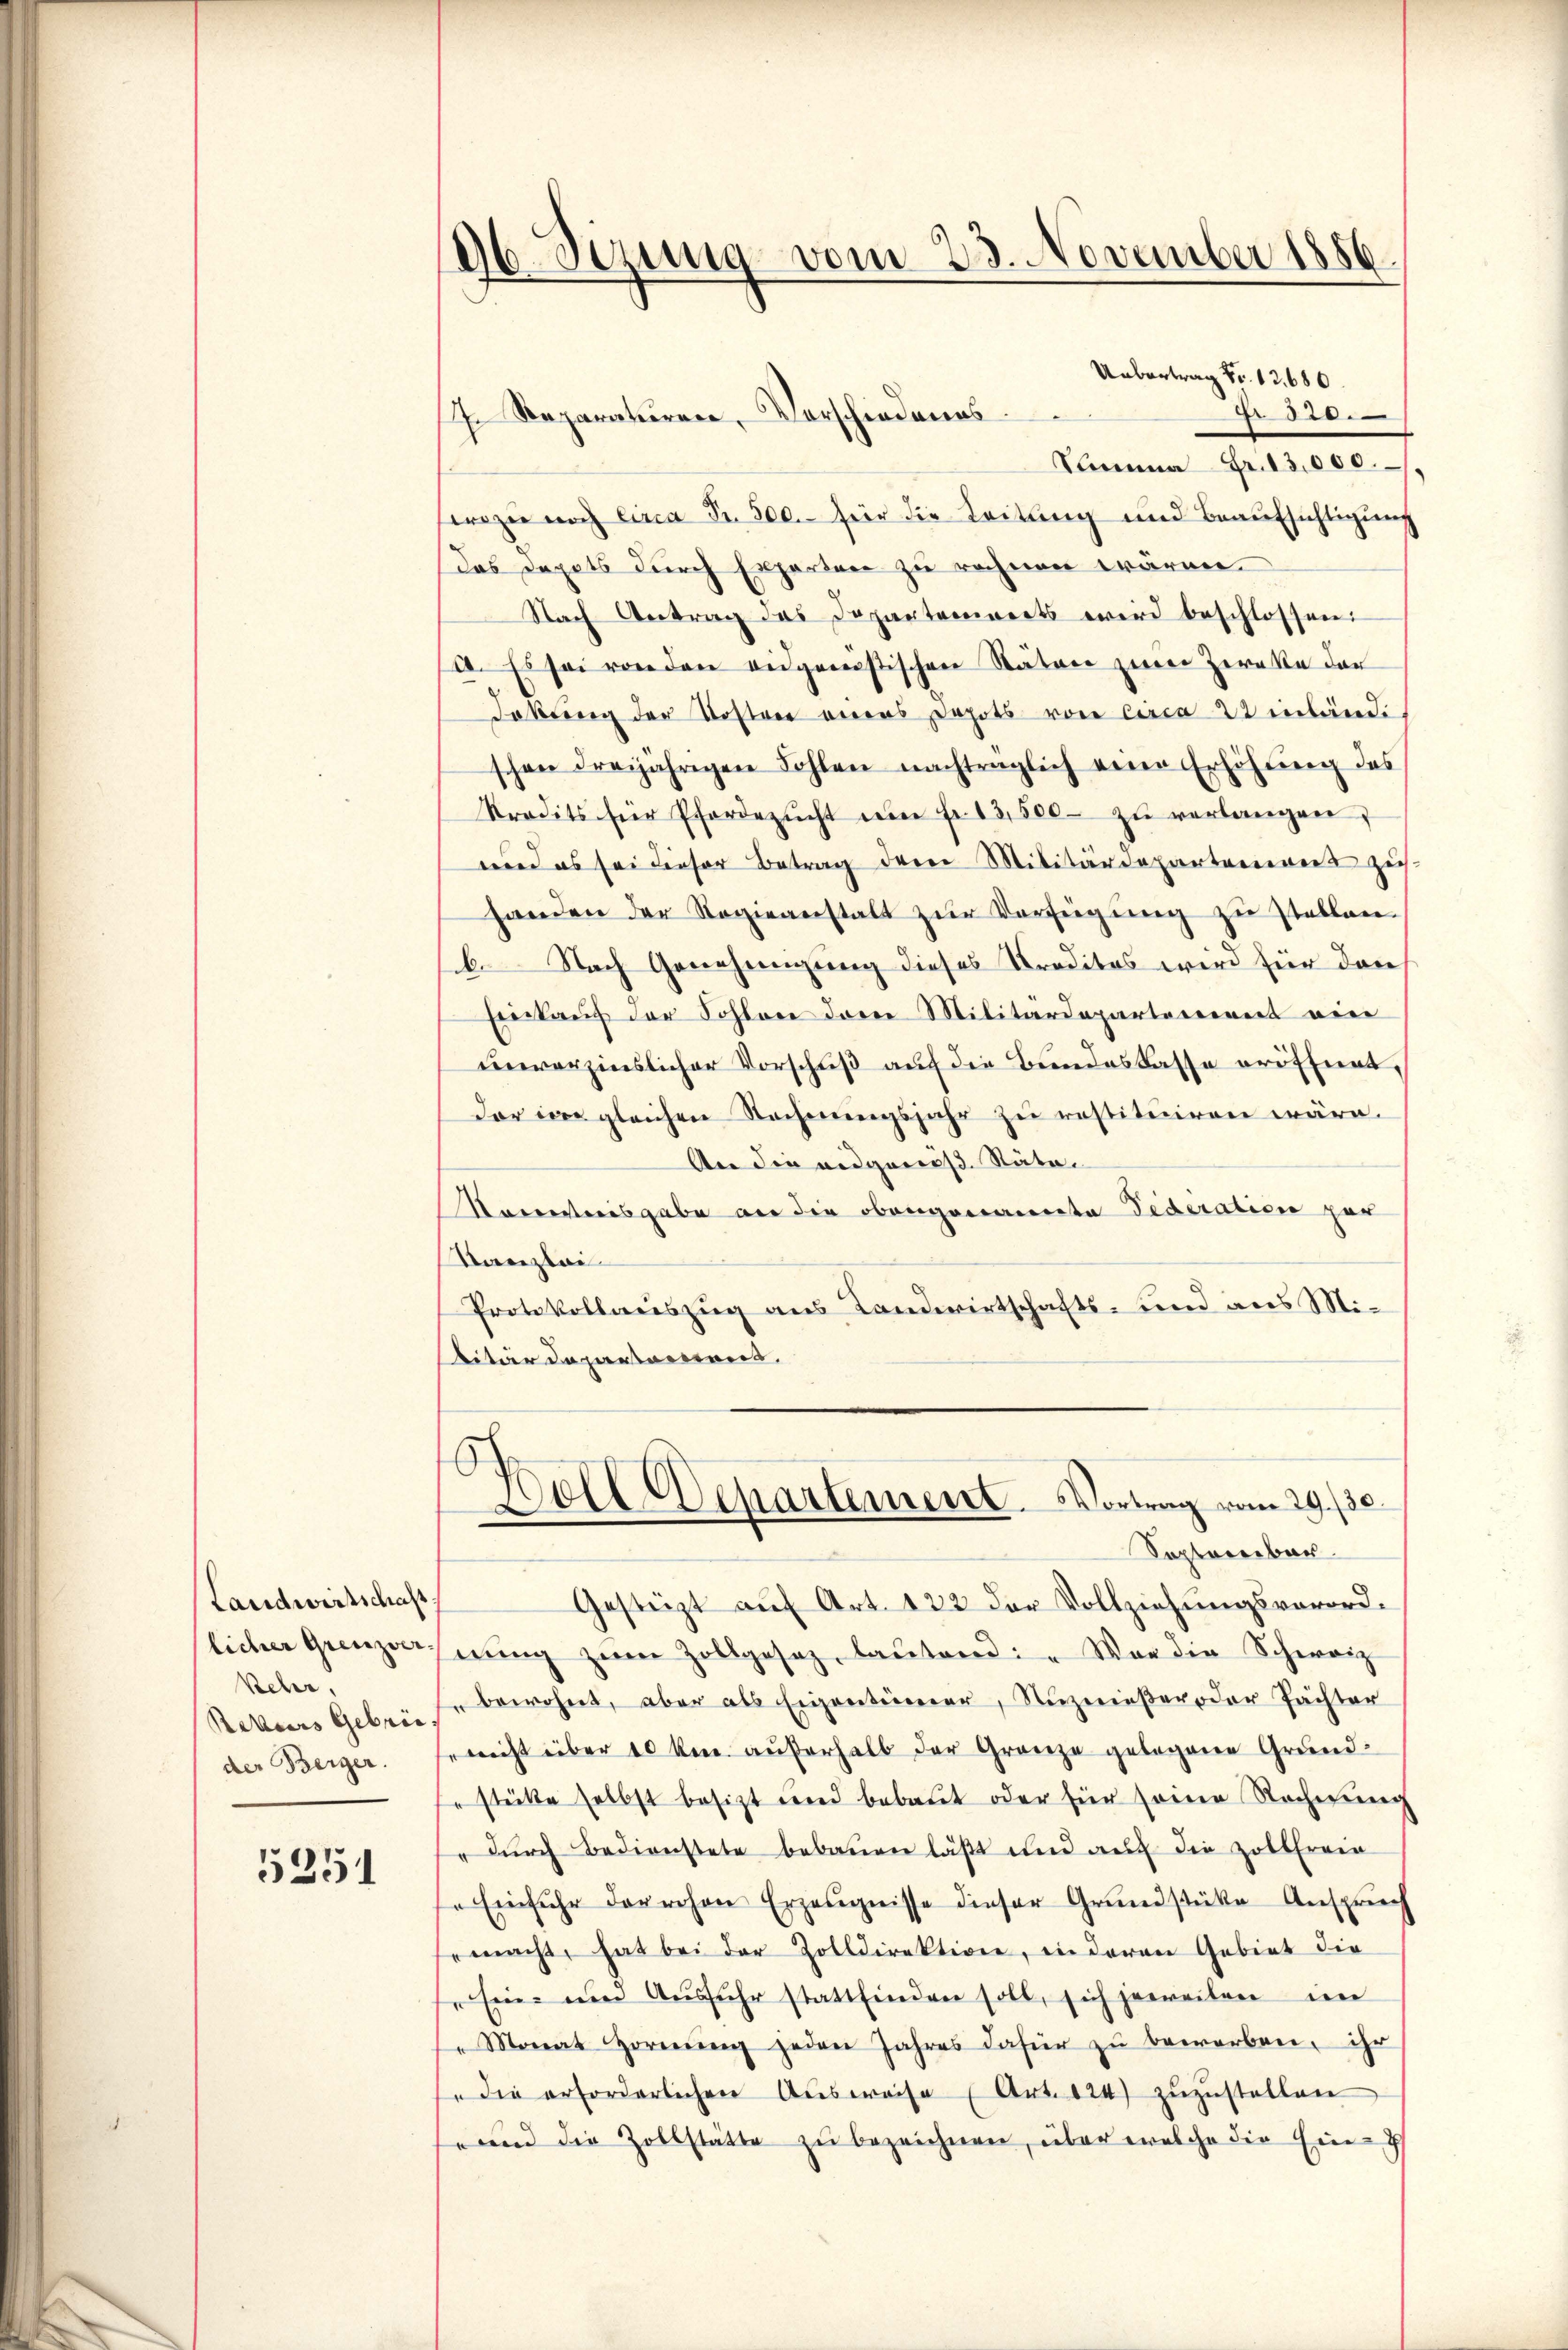
Landwirtschaft
licher Grenzver-
Kehr
Rekurs Gebräe
der Berger.

5251

26 Sezung vom 23. November 1886

Uebertrag Fr. 12680.
 520.
Sama Fr. 13,000.
wozen noch Circa Fr. 500.- für die Leitung und Beaufsichtigung
das Depots durch Experten zu rechnen wären.
Nach Antrag des Departements wird beschlossen:
a. Es sei von den eidgenostischen Stätere zwei Zereke der
dokung der Koster eins Depots von Circa 22 inländischon dreijährigen Fohlen nachträglich eine Erhöhung des
kredits für Pferdezŭcht im fr. 13,500 zŭ verlangen;
wird es sei dieser Betrag der Militärdepartenweis zu
handen der Regieanstalt zur Verfügung zu stablan-
b. Nach Genehmigung dieses Traditas wird für dan
Einkauf der Sohlene derer Militärdepartarereit eine
unverzinslicher Vorschuß auf die Bundeskasse eröffnet,
dar in gleichen Rechnungsjahr zu restituiren wäre.
An die eidgenös. Räte.
Aarrenteresgabe an die obengenannte Federation zur
Kanzlei
Protokollauszug aus Landwirtschafts- und aus Militärdepartement.
.
Doll Departement. Vortrag vom 29./30.
Soptererbar
Gestüzt auf Art. 122 der Vollziehungsverordnŭng zŭm Zollgesez, lautend: „War die Schweiz
bewohnt, aber als Eigentümer, Nuzenießer der Pächter
nicht über 10 km aŭferhalb der Gränze gelegene Grund-
" stücke selbst besizt und bebaut oder für seine Rechnŭng
" durch Bedienstete bebauen läßt und auf die Zollfreie
Einfuhr darrchen Erzeŭgnisse dieser Grundstüke Anspruch
emacht, hat bei der Zolldirektion, in deren Gebiet die
"Ein- und Ausfuhr stattfinden soll, sich jeweilen im
" Monat Hornŭng jeden Jahres dafür zŭ beworben, ihr
" die erforderlichen Aŭsweise (Art. 124) zŭzŭstellen
nnd die Zollstätte zu bezeichnen, über welche die Ein-

7. Reparaturen, Vorschiedenes